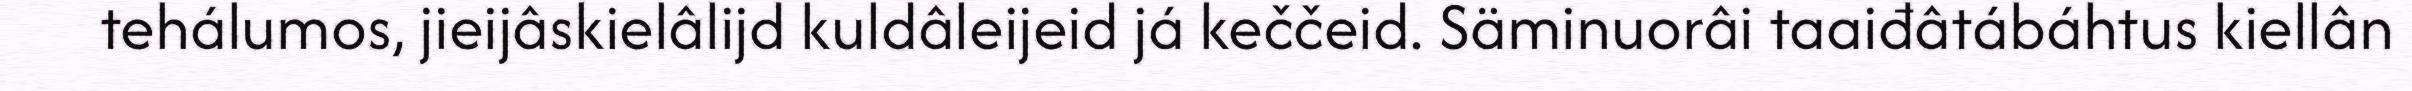
tehálumos, jieijâskielâlijd kuldâleijeid já keččeid. Säminuorâi taaiđâtábáhtus kiellân